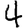
Digit: 4